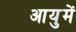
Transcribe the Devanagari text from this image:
आयुमें